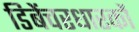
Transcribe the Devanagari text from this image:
डिबेंचरधारकों